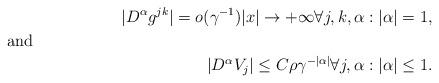
LaTeX: \begin{align*}|D ^\alpha g^{jk}|=o(\gamma ^{-1})|x|\to+\infty \forall j,k,\alpha :|\alpha |=1,\\\shortintertext{and}|D ^\alpha V_j|\le C\rho \gamma ^{-|\alpha |}\forall j, \alpha :|\alpha |\le 1.\end{align*}